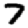
Digit: 7